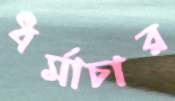
ধর্মাচার